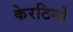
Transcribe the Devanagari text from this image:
केरटिनो